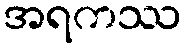
အရကဿ